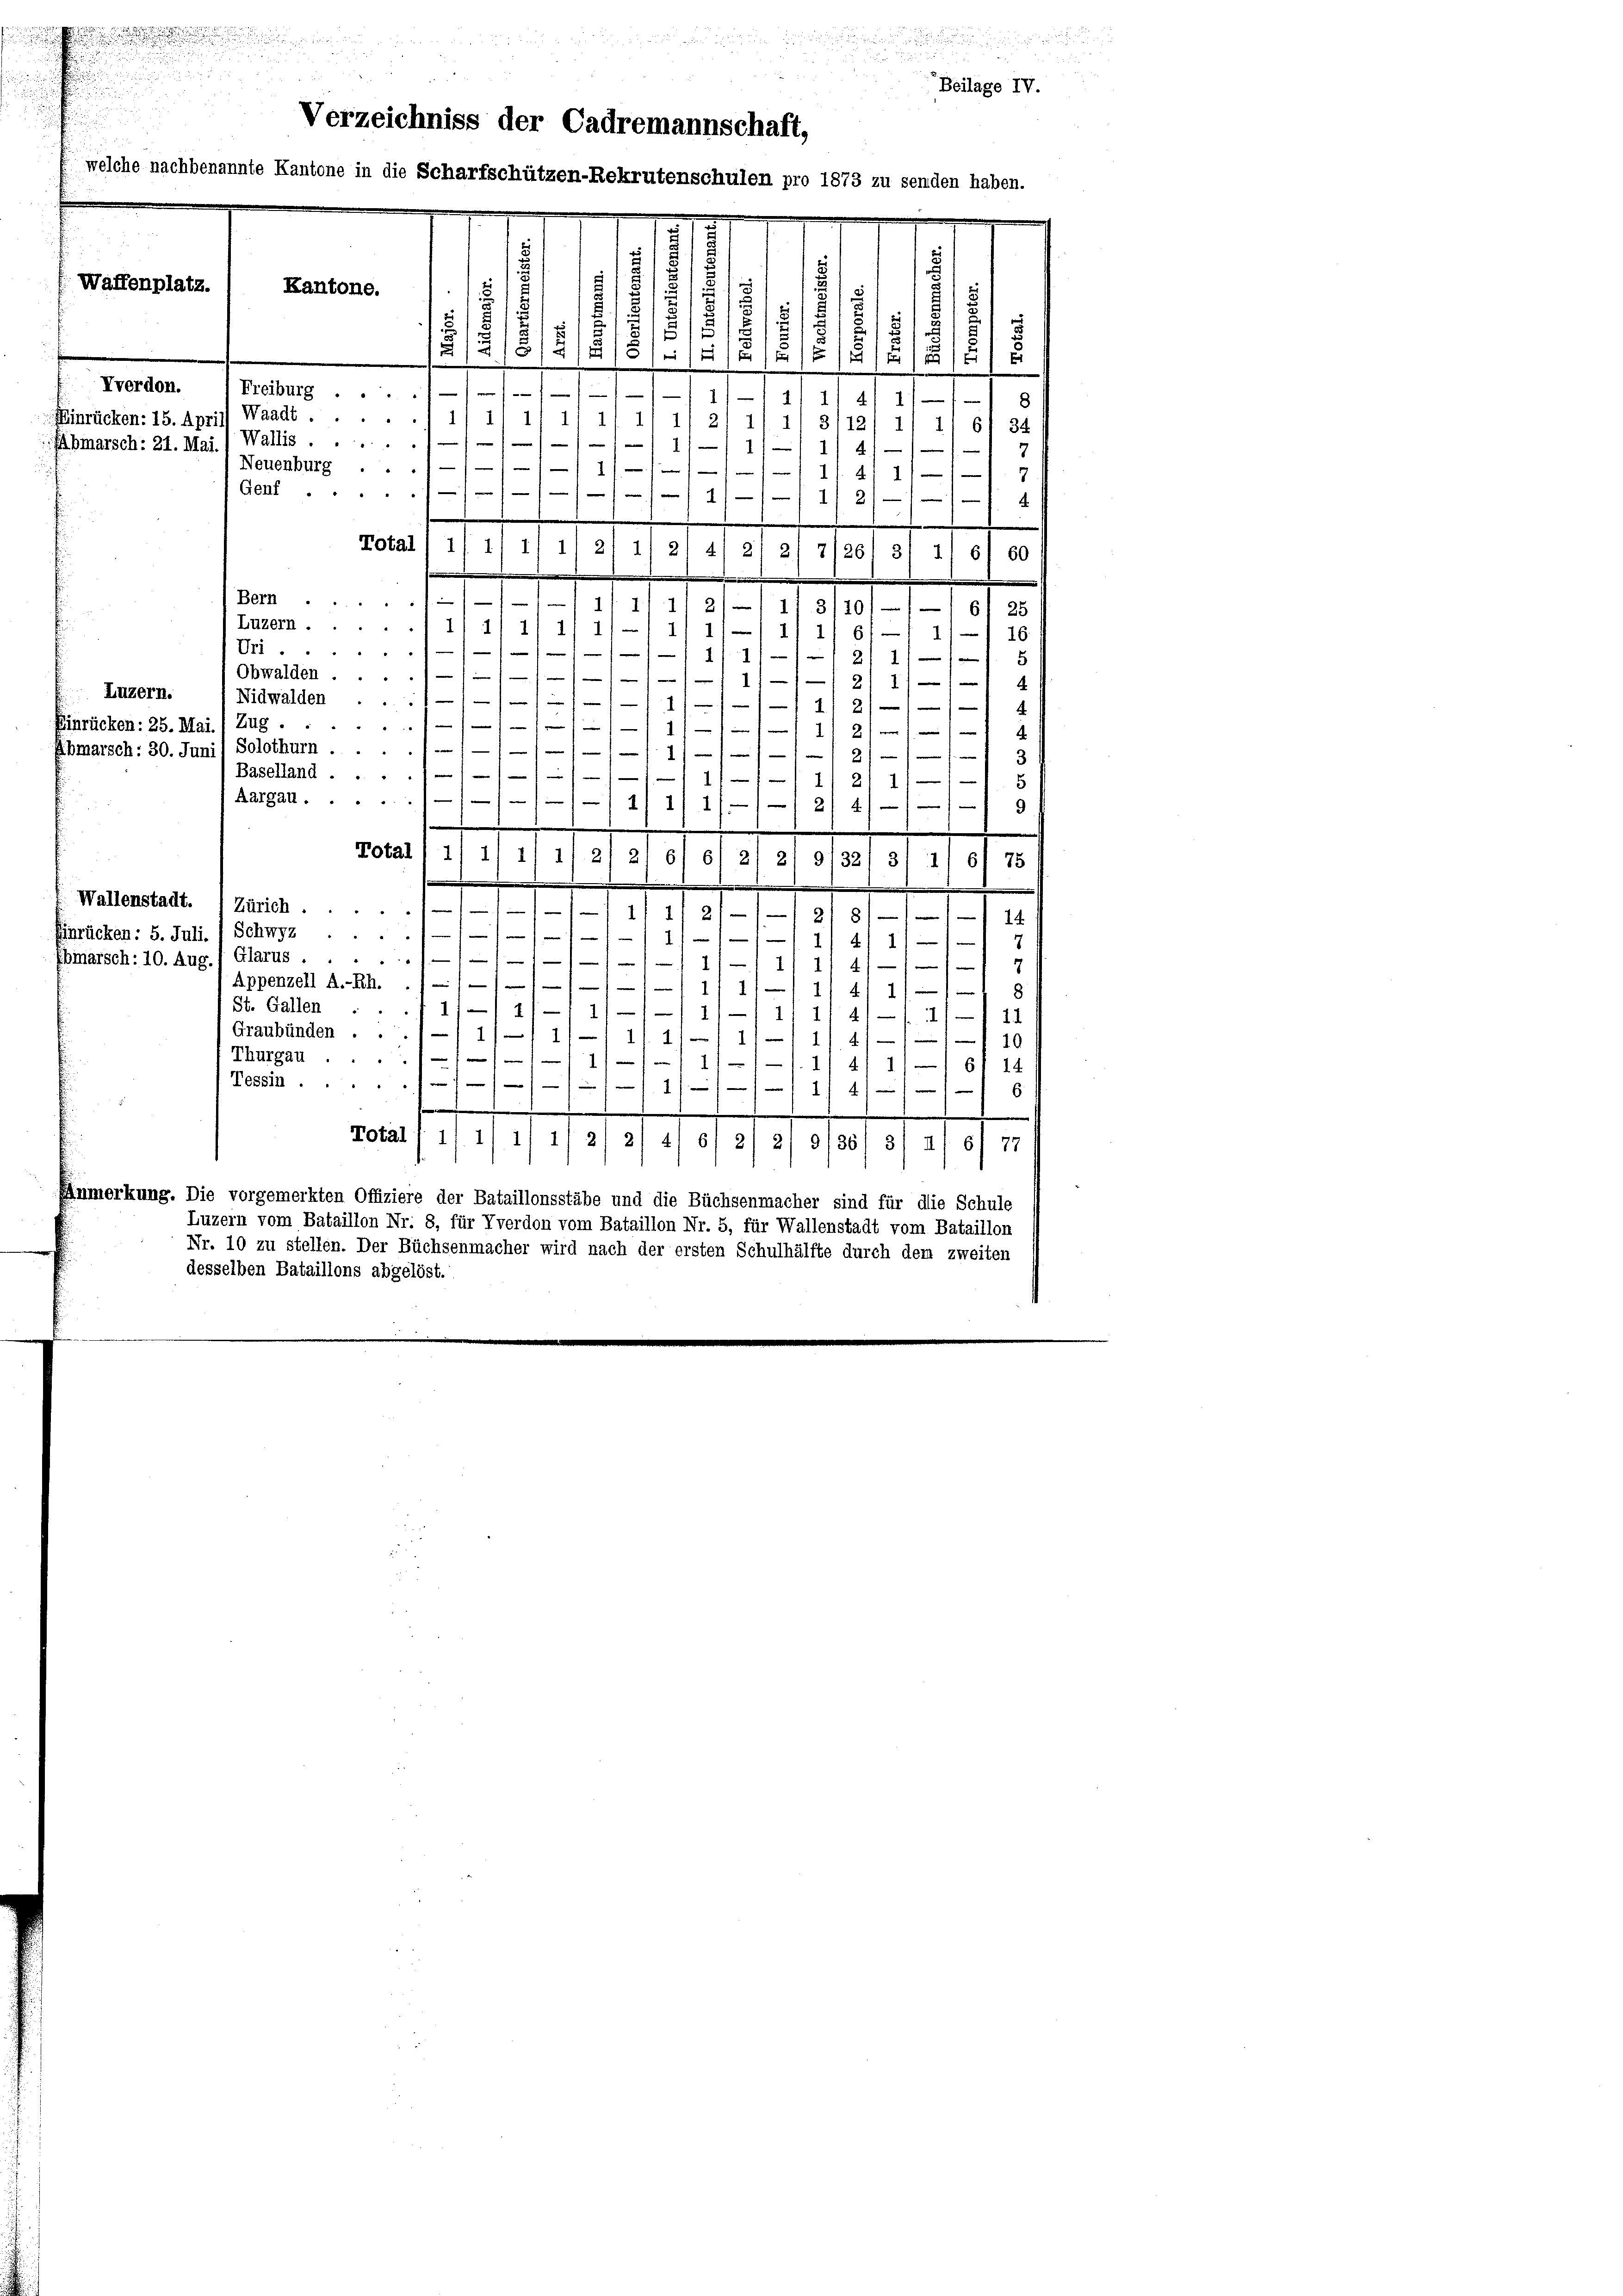
i

2

.

Verzeichniss der Cadremannschaft,
welche nachbenannte Kantone in die Scharfschützen-Rekrutenschulen pro 1873 zu senden haben.
.
2.
Waffenplatz.
Kantone.
2
.
s
.
.
1
5
1
2
u
8
1
1
.
/
e
Vverdon. ) Freiburg ...
/ 1/1 11
AI. 5
Waadt
1
1)
Einrücken: 15. April)
1.
1
8
2/ 1
34
21
6
1
2)
Wallis.
111/11
Abmarsch: 21. Mai.

4

1/14/11
1
1///11/1 1/2
x
.
Total 1 1
11 1 1/2 1/21 4/ 21 21 71261 31 11 61 60
Bern
1/11 11 1/2/
11 3/10/// 61 25
¬
Luzern.11/11 1
1
111/) 111 61—

1
16
//////111/1
w
—
Obwalden 11////// 1

2/
Luzern.
Nidwalden . . . 1—//////11/// 11 2///
Einrücken: 25. Mai. 1 Zug.
/11/1
w
e
.
Solothurn .......
Abmarsch: 30. Juni

13
Baselland ....////11 11/
211/11 5
Aargau./////11 1/ 1/// 2/ 4//
Total ) 1) i1 1/ 1/ 21 21 c) c) 2/ 2, a/32/ 3/11 61 75
.
e
Wallenstadt. I Zürich.
71/ 1
211
2/8/—1/1 1
Einrücken: 5. Juli. / Schwyz

1 x
41)
.
Ebmarsch: 10. Aug
Glarus.//////// 1/11/ 1/4///
Appenzell A.-Rh.
m

1
8
11411
St. Gallen . . . 11/11-1 11—1-/ 1) — 1 g
114/ 189
Graubünden . ..11/-/ 1// 1/ 1 1/
10
41
Thurgau.///1/1f
11/1. 1/4 11
61 14
Tessin ..11/11/111/1 11 4/11 6
.
e
.
Total f 1 1/ 1/ 1/ 2/ 21 4/ 6/ 2/ 21 a/36/ 3/ u/ 6) 77
Anmerkung. Die vorgemerkten Offiziere der Bataillonsstäbe und die Büchsenmacher sind für die Schule
Luzern vom Bataillon Nr. 8, für Tverdon vom Bataillon Nr. 5, für Wallenstadt vom Bataillon
Nr. 10 zu stellen. Der Büchsenmacher wird nach der ersten Schulhälfte durch dem zweiten
desselben Bataillons abgelöst.

Neuenburg . . . 11/
Genf .....

d

Beilage IV.